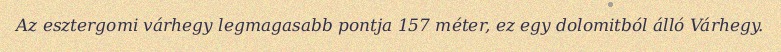
Az esztergomi várhegy legmagasabb pontja 157 méter, ez egy dolomitból álló Várhegy.